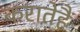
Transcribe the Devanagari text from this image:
करातेहैं